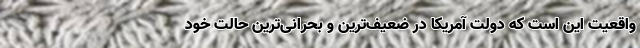
واقعیت این است که دولت آمریکا در ضعیف‌ترین و بحرانی‌ترین حالت خود